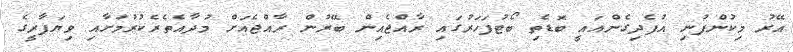
އޭރު މިކުންފުނި އުފެދިގެންއައީ ބޮޑެތި ބޯޓުފަހަރުގައި ރާއްޖެއިން ބޭރުން ރާއްޖެއަށް މުދާއެތެރެކުރުމަށާއި ވިޔަފާރީގެ